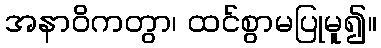
အနာဝိကတွာ၊ ထင်စွာမပြုမူ၍။